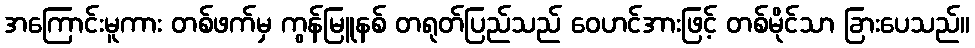
အကြောင်းမူကား တစ်ဖက်မှ ကွန်မြူနစ် တရုတ်ပြည်သည် ဝေဟင်အားဖြင့် တစ်မိုင်သာ ခြားပေသည်။